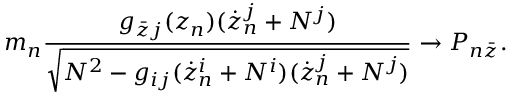
m _ { n } \frac { g _ { \bar { z } j } ( z _ { n } ) ( \dot { z } _ { n } ^ { j } + N ^ { j } ) } { \sqrt { N ^ { 2 } - g _ { i j } ( \dot { z } _ { n } ^ { i } + N ^ { i } ) ( \dot { z } _ { n } ^ { j } + N ^ { j } ) } } \rightarrow P _ { n \bar { z } } .